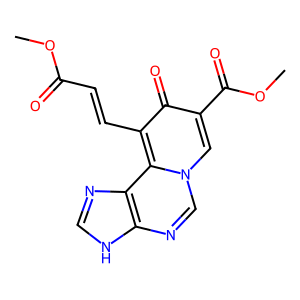
SMILES: COC(=O)C=Cc1c(=O)c(C(=O)OC)cn2cnc3[nH]cnc3c12
Inhibits HIV replication: No